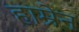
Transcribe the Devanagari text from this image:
हाम्रेन